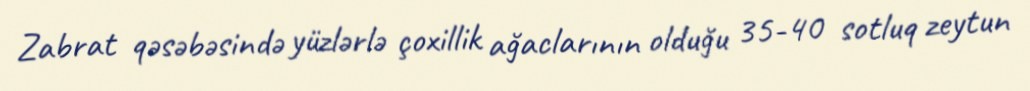
Zabrat qəsəbəsində yüzlərlə çoxillik ağaclarının olduğu 35-40 sotluq zeytun